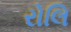
રોલિ